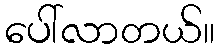
ပေါ်လာတယ်။